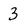
Character: 3